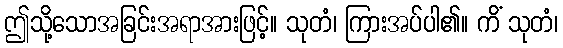
ဤသို့သောအခြင်းအရာအားဖြင့်။ သုတံ၊ ကြားအပ်ပါ၏။ ကိံ သုတံ၊